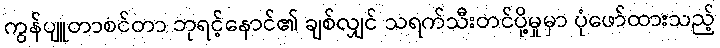
ကွန်ပျူတာစင်တာ ဘုရင့်နောင်၏ ချစ်လျှင် သရက်သီးတင်ပို့မှုမှာ ပုံဖော်ထားသည့်